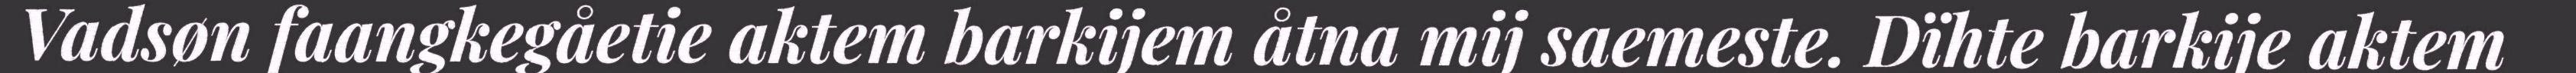
Vadsøn faangkegåetie aktem barkijem åtna mij saemeste. Dïhte barkije aktem